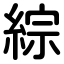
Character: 綜